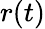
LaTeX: r(t)